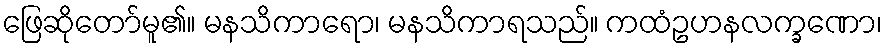
ဖြေဆိုတော်မူ၏။ မနသိကာရော၊ မနသိကာရသည်။ ကထံဥဟနလက္ခဏော၊